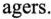
agers